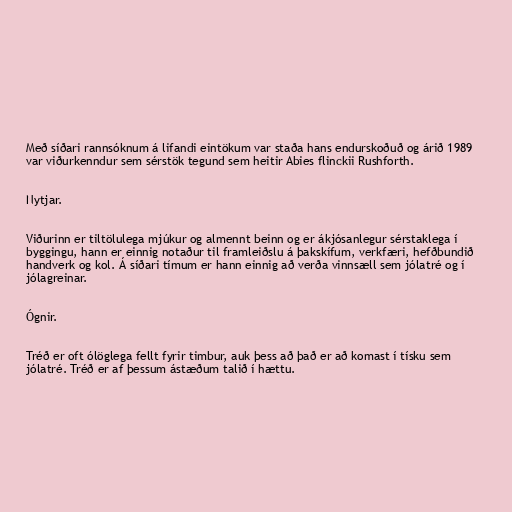
Með síðari rannsóknum á lifandi eintökum var staða hans endurskoðuð og árið 1989
var viðurkenndur sem sérstök tegund sem heitir Abies flinckii Rushforth.

Nytjar.

Viðurinn er tiltölulega mjúkur og almennt beinn og er ákjósanlegur sérstaklega í
byggingu, hann er einnig notaður til framleiðslu á þakskífum, verkfæri, hefðbundið
handverk og kol. Á síðari tímum er hann einnig að verða vinnsæll sem jólatré og í
jólagreinar.

Ógnir.

Tréð er oft ólöglega fellt fyrir timbur, auk þess að það er að komast í tísku sem
jólatré. Tréð er af þessum ástæðum talið í hættu.